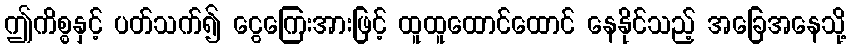
ဤကိစ္စနှင့် ပတ်သက်၍ ငွေကြေးအားဖြင့် ထူထူထောင်ထောင် နေနိုင်သည့် အခြေအနေသို့